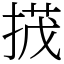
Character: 𢰝